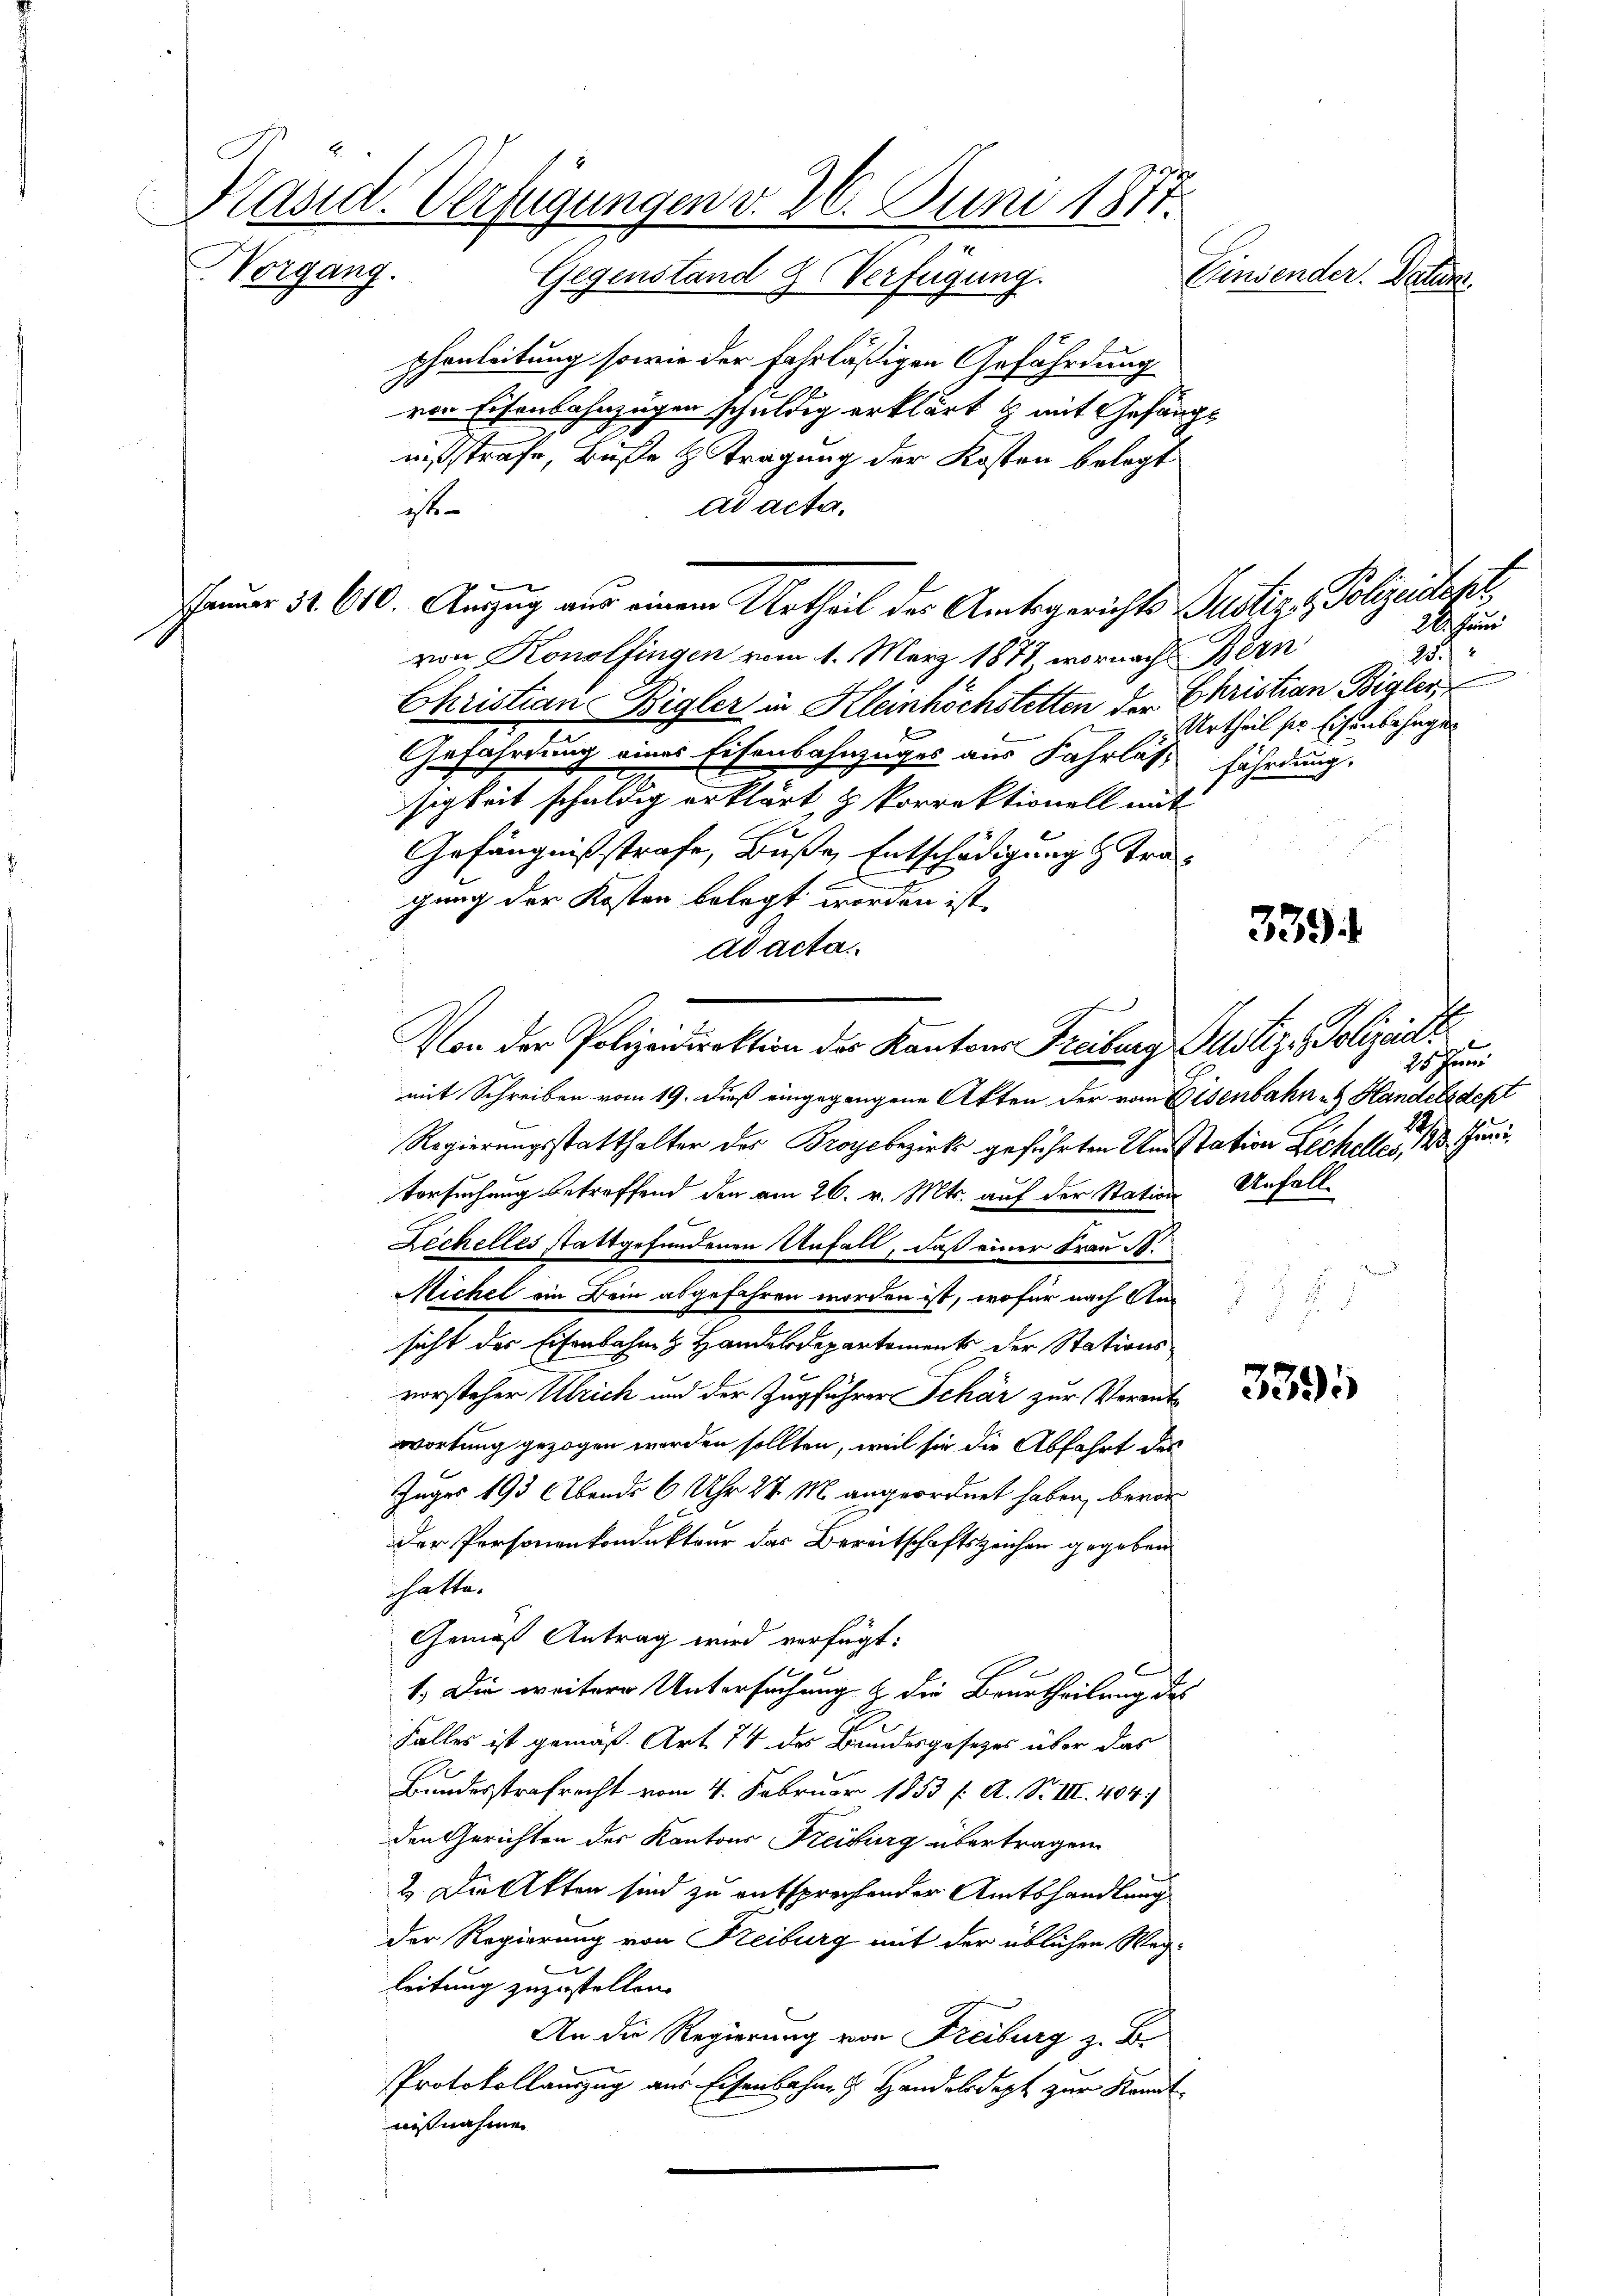
Kasid. Verfügungen v. 26. Juni 1871.
Norgang. Gegenstand Verfügung.
Einsender. Datum.
phenleitung sowie der Fahrläßigen Gefährdung

ven Eisenbahnzügen schuldig erklärt & mit Gefängnißstrafe, Buße & Tragung der Kosten belegt
ad acta.
it
A
von Konolfingen vom 1. März 1871 wornach Bern
Christian Bigler in Kleinhöchstetten der Christian Bigler,
Gefährdung eines Eisenbahnzuges aus Fahrläßt fährdung.
sigkeit schuldig erklärt & Porrektionell mit
Gefängnißstrafe, Buße, Entschädigung & tragung der Kosten belegt worden ist.
ad acta.
mit Schreiben vom 19. dieß eingegangene Akten der vom Eisenbahn in Handelsdest
Regierungsstatthalter des Broyebezirk geführten Anstation Lechelle   un
orsuchung betreffend den am 26. v. Mts. auf der Station Unfall¬
Zechelles stattgefundenen Unfall, daß einer Frau A.
Michel ein Bein abgefahren worden ist, wofür nach An¬
.
2
sicht der Eisenbahn & Handelsdepartements der Stationsvorsteher Ulrich und der Zugführer Schär zur Verant
wortung gezogen worden sollten, weil sie die Abfahrt des
Zuger 193 (bends 6 Uhr 24. M. angeordnet haben, bevor
der Personenkondukteur das Bereitschaftszeichen gegeben
hatte.
Gemäß Antrag wird verfügt:
1. Die weitere Untersuchung & die Beurtheilung des
Falles ist gemäß Art. 74 des Bundesgesezes über das
Bundesstrafrecht vom 4. Februar 1853 f. A. S. III. 404.
den Gerichten des Kantons Freiburg übertragen
2. Die Akten sind zu entsprechender Amtshandlung
der Regierung von Freiburg mit der üblichen Weg¬
2
leitung zuzustellen.
An die Regierung von Freiburg z. B.
Protokollauszug aus Eisenbahne Handelsdept zur Kandt
nißnahme

Jauer 32. 610. Anzug aus einem Urtheil des Amtsgerichts Justiz - Polizeistert

Von der Polizeidirektion der Kantons Freiburg Miliz. Polizeiti

28. Juni
2./
Urtheil sie Eisenbahnges

339

1s Hrn.